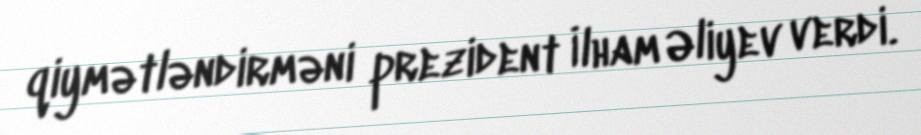
qiymətləndirməni prezident İlham Əliyev verdi.